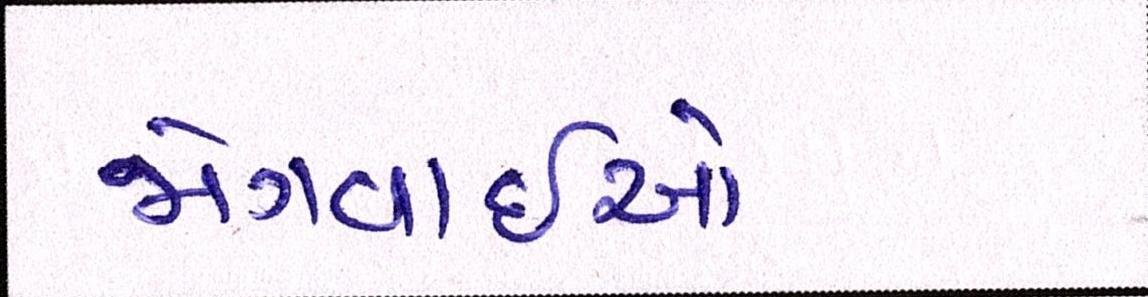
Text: જોગવાઇઓ